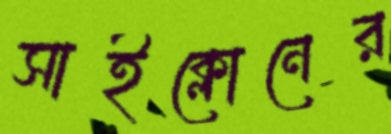
সাইক্লোনের